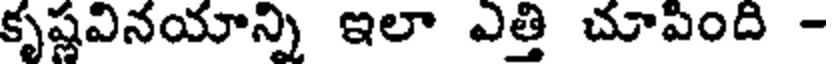
కృష్ణవినయాన్ని ఇలా ఎత్తి చూపింది -